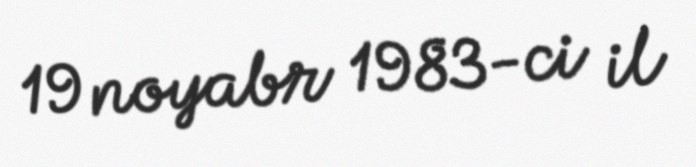
19 noyabr 1983-ci il